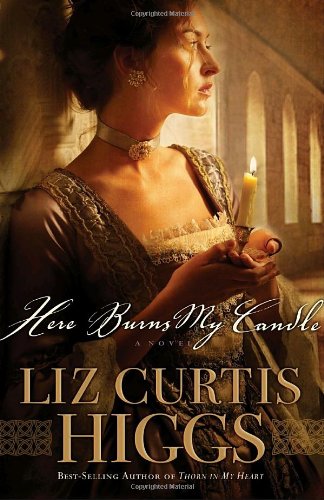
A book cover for Here Burns My Candle: A Novel; Liz Curtis Higgs; Romance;